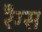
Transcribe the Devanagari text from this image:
रैग्स